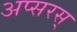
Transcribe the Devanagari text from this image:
अप्सरस्